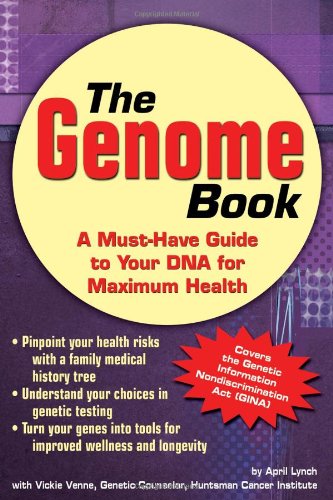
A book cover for The Genome Book: A Must-Have Guide to Your DNA for Maximum Health; April Lynch; Health, Fitness & Dieting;